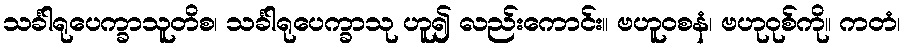
သင်္ခါရုပေက္ခာသူတိစ၊ သင်္ခါရုပေက္ခာသု ဟူ၍ လည်းကောင်း။ ဗဟူဝစနံ၊ ဗဟုဝုစ်ကို။ ကတံ၊